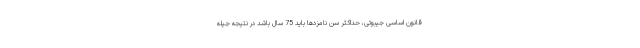
قانون اساسی جیبوتی، حداکثر سن نامزدها باید 75 سال باشد در نتیجه جیله